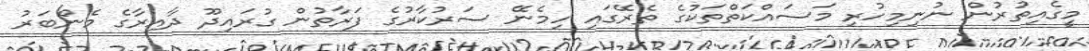
މީގެއިތުރުން ނުނިމިހުރި މަސައްކަތްތަކުގެ ތެރޭގައި ހިމެނޭ ސަރުކާރުގެ ފަރާތުން ގުރައިދޫ ދާއިރާގެ މެންބަރު